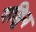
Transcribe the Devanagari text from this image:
राड्विन